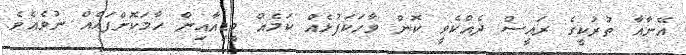
އޭނާއާ ތުރުކީގެ ރައީސް ދެއްކެވީ ކޮން ވާހަކަފުޅެއް ކަމެއް މީޑިއާއިން ހާމަކޮށްފައެއް ނުވެއެވެ.